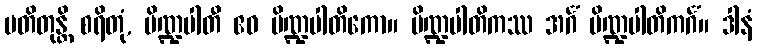
ပတိတုန္တိ စရိတုံ, ပိဏ္ဍပါတီ ဧဝ ပိဏ္ဍပါတိကော။ ပိဏ္ဍပါတိကဿ အင်္ဂံ ပိဏ္ဍပါတိကင်္ဂံ။ ဒါနံ